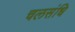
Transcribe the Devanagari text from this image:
चलसंधि